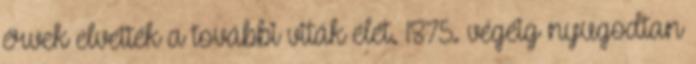
érvek elvették a további viták élét. 1875. végéig nyugodtan